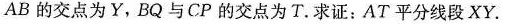
与AB的交点为Y，BQ与CP的交点为T。求证：AT平分线段XY.